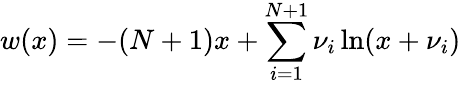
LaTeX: w(x)=-(N+1)x+\sum_{i=1}^{N+1}\nu_{i}\ln(x+\nu_{i})